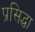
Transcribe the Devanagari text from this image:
प्रसिद्धा